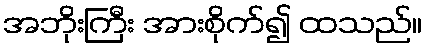
အဘိုးကြီး အားစိုက်၍ ထသည်။